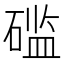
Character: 𰧔